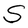
Character: S